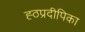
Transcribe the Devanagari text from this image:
ह्ठप्रदीपिका